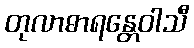
တုလာဓာရန္တေဝါသီ